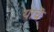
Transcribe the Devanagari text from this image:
यांचॆ